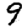
Digit: 9